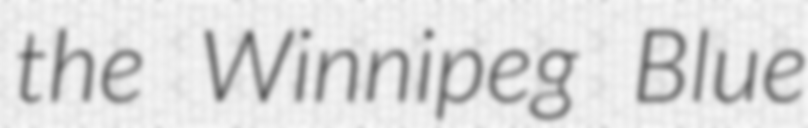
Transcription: the Winnipeg Blue